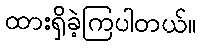
ထားရှိခဲ့ကြပါတယ်။